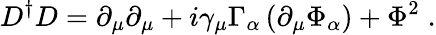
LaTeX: D^{\dagger}D=\partial_{\mu}\partial_{\mu}+i\gamma_{\mu}\Gamma_{\alpha}\left(\partial_{\mu}\Phi_{\alpha}\right)+\Phi^{2}\; .